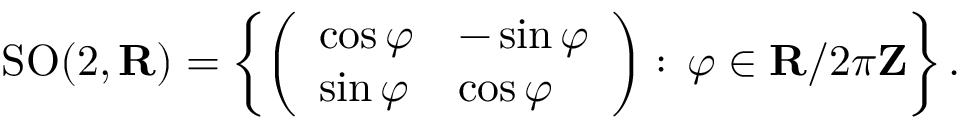
\operatorname { S O } ( 2 , \mathbf { R } ) = \left\{ { \left( \begin{array} { l l } { \cos \varphi } & { - \sin \varphi } \\ { \sin \varphi } & { \cos \varphi } \end{array} \right) } : \, \varphi \in \mathbf { R } / 2 \pi \mathbf { Z } \right\} .